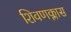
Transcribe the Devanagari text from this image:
शिवणक्लास